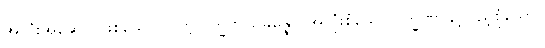
အသုံးအဆောင်ဖြစ်သော။ သဗ္ဗလက္ခဏသမ္ပန္နော၊ အလုံးစုံသောလက္ခဏာနှင့်ပြည့်စုံသော။